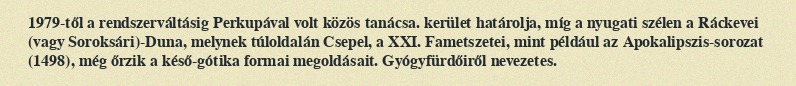
1979-től a rendszerváltásig Perkupával volt közös tanácsa. kerület határolja, míg a nyugati szélen a Ráckevei (vagy Soroksári)-Duna, melynek túloldalán Csepel, a XXI. Fametszetei, mint például az Apokalipszis-sorozat (1498), még őrzik a késő-gótika formai megoldásait. Gyógyfürdőiről nevezetes.